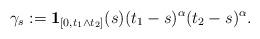
LaTeX: \begin{align*} \gamma_s:= \mathbf{1}_{[0,t_1 \wedge t_2]}(s) (t_1-s)^{\alpha} (t_2-s)^{\alpha}. \end{align*}